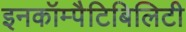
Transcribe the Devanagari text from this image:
इनकॉम्पैटिबिलिटी